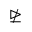
\ntrianglerighteq